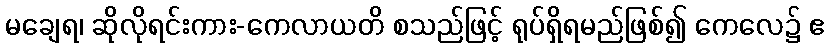
မချေရ၊ ဆိုလိုရင်းကား-ကေလာယတိ စသည်ဖြင့် ရုပ်ရှိရမည်ဖြစ်၍ ကေလေ၌ ဧ